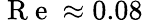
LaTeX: \mathrm{~R~e~}\approx 0.08